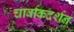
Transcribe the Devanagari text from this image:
चार्वाकदर्शन